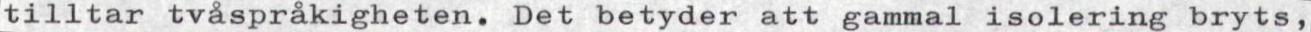
tilltar tvåspråkigheten. Det betyder att gammal isolering bryts,